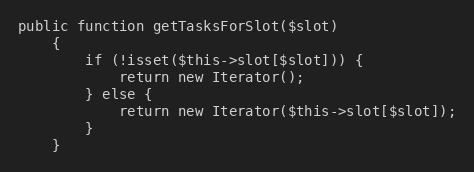
Language: PHP
public function getTasksForSlot($slot)
    {
        if (!isset($this->slot[$slot])) {
            return new Iterator();
        } else {
            return new Iterator($this->slot[$slot]);
        }
    }